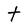
Character: t